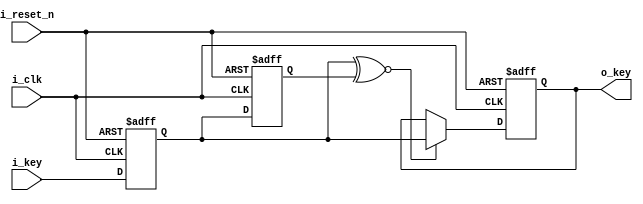
//*******************************FILE HEAD**************************************
//*********************Verilog HDL *********************
// FUNCTION        : 
//                    _  _   _  _   _  _  
//                   |_||_|_|_||_|_|_||_|
//                   |_||_| |_||_| |_||_| 
// AUTHOR          : 
// DATE & REVISION : 
// COMPANY         : Verilog HDL 
// UPDATE          :
//******************************************************************************
`timescale 1ns/1ns

module key_debounce
    (
        input i_reset_n, //
        input i_clk, //
        input i_key, //0.5s
        output o_key

        
    );
    
    //o_data
    reg r_key;
    reg r_key_1buf, r_key_2buf;
    
    assign o_key = r_key;
    
    always @(posedge i_clk, negedge i_reset_n) 
    begin
        if(1'b0 == i_reset_n)
        begin
            r_key_1buf <= 1'b0;
            r_key_2buf <= 1'b0;
        end
        else
        begin
            r_key_1buf <= i_key;
            r_key_2buf <= r_key_1buf;
        end
	end
	
	always @(posedge i_clk, negedge i_reset_n) 
    begin
        if(1'b0 == i_reset_n)
        begin
            r_key <= 1'b0;
        end
        else
        begin
            if(1'b1 == r_key_1buf ~^ r_key_2buf)
                r_key <= r_key_1buf;
        end
	end
	
    
endmodule
// END OF key_debounce.v FILE ***************************************************